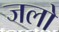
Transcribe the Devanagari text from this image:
जलो